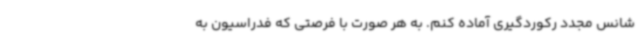
شانس مجدد رکوردگیری آماده کنم. به هر صورت با فرصتی که فدراسیون به